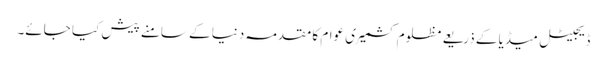
ڈیجیٹل میڈیا کے ذریعے مظلوم کشمیری عوام کا مقدمہ دنیا کے سامنے پیش کیا جائے۔